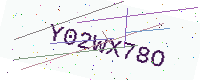
Text: Y02WX78O